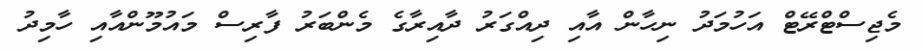
މެޖިސްޓްރޭޓް އަހުމަދު ނިހާން އާއި ދިއްގަރު ދާއިރާގެ މެންބަރު ފާރިސް މައުމޫންއާއި ހާމިދު